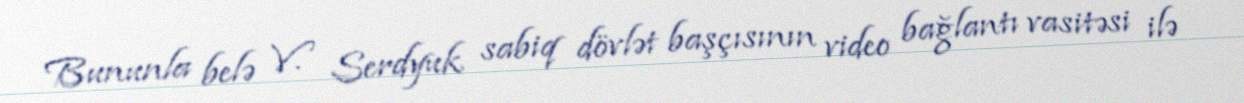
Bununla belə V. Serdyuk sabiq dövlət başçısının video bağlantı vasitəsi ilə